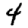
Digit: 4